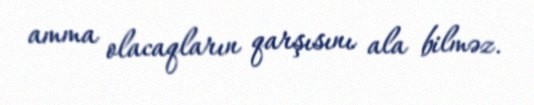
amma olacaqların qarşısını ala bilməz.